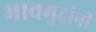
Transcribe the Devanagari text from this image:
भावमुद्रांनी